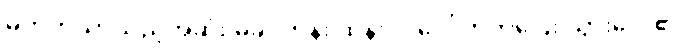
မတတ်သာသည့်အဆုံး မခင်ဘုန်း ထန်းပင်ပေါ် တက်ပြေး သွားလေ၏။